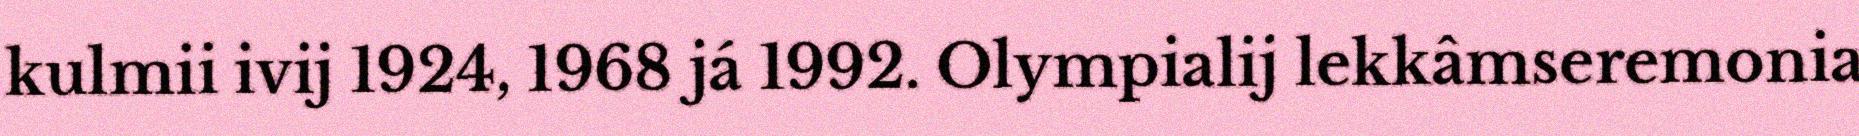
kulmii ivij 1924, 1968 já 1992. Olympialij lekkâmseremonia